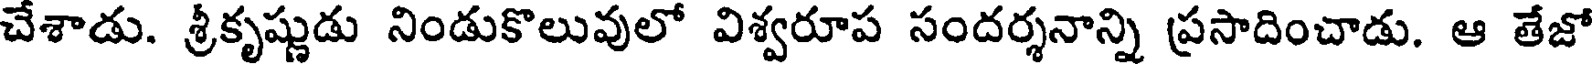
చేశాడు. శ్రీకృష్ణుడు నిండుకొలువులో విశ్వరూప సందర్శనాన్ని ప్రసాదించాడు. ఆ తేజో